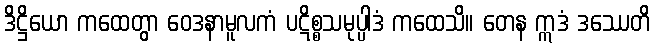
ဒိဋ္ဌိယော ကထေတွာ ဝေဒနာမူလကံ ပဋိစ္စသမုပ္ပါဒံ ကထေသိ။ တေန ဣဒံ ဒဿေတိ